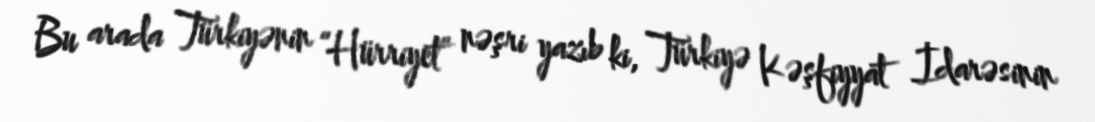
Bu arada Türkiyənin “Hürriyet” nəşri yazıb ki, Türkiyə Kəşfiyyat İdarəsinin